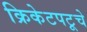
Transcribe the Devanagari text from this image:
क्रिकेटपटूचे